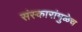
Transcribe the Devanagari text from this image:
संस्कारांमुळेच